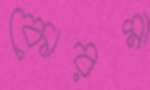
কোরমা